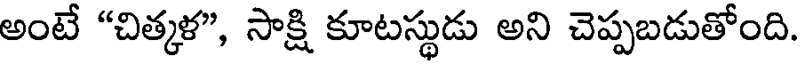
అంటే "చిత్కళ", సాక్షి కూటస్థుడు అని చెప్పబడుతోంది.